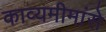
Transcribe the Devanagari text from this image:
काव्यमीमांसे